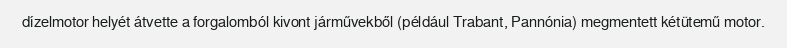
dízelmotor helyét átvette a forgalomból kivont járművekből (például Trabant, Pannónia) megmentett kétütemű motor.